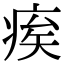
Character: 𤶗